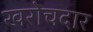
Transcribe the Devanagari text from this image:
खरोचदार